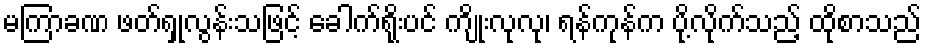
မကြာခဏ ဖတ်ရှုလွန်းသဖြင့် ခေါက်ရိုးပင် ကျိုးလုလု၊ ရန်ကုန်က ပို့လိုက်သည့် ထိုစာသည်